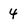
Character: 4